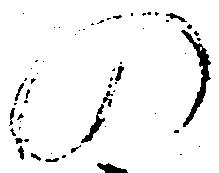
の